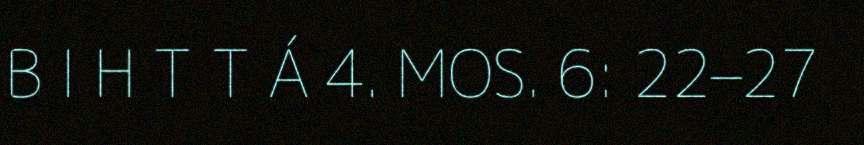
B I H T T Á 4. MOS. 6: 22–27